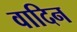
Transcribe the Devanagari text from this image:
वादिन